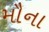
મૌના